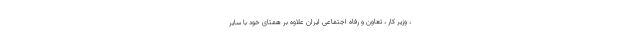
، وزیر کار ، تعاون و رفاه اجتماعی ایران علاوه بر همتای خود با سایر